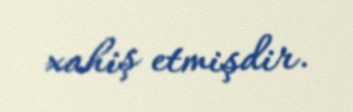
xahiş etmişdir.